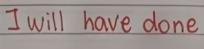
I will have done